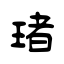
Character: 琽